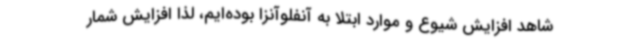
شاهد افزایش شیوع و موارد ابتلا به آنفلوآنزا بوده‌ایم، لذا افزایش شمار